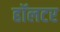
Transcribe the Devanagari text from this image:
हॉलटर